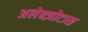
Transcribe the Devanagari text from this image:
अलेक्ज़ोटास